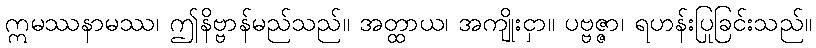
ဣမဿနာမဿ၊ ဤနိဗ္ဗာန်မည်သည်။ အတ္ထာယ၊ အကျိုးငှာ။ ပဗ္ဗဇ္ဇာ၊ ရဟန်းပြုခြင်းသည်။